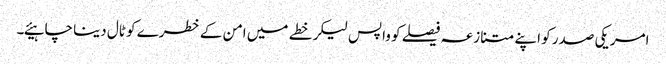
امریکی صدر کو اپنے متنازعہ فیصلے کو واپس لیکر خطے میں امن کے خطرے کو ٹال دینا چاہیئے۔